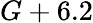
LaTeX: G+6.2